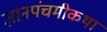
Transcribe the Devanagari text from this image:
ज्ञानपंचमीकथा